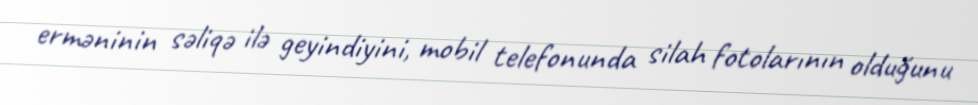
erməninin səliqə ilə geyindiyini, mobil telefonunda silah fotolarının olduğunu